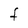
Character: F